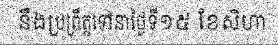
នឹងប្រព្រឹត្តទៅនាថ្ងៃទី១៥ ខែសីហា